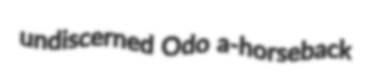
undiscerned Odo a-horseback